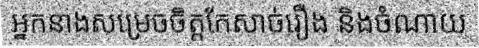
អ្នកនាងសម្រេចចិត្តកែសាច់រឿង និងចំណាយ